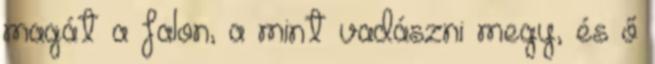
magát a falon, a mint vadászni megy, és ő